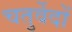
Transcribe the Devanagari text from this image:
चतुर्वेदों